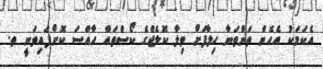
އެކަމަކު އެހެން ތަންތަނާ ހިލާފަށް ވިލާ ކޮލެޖްގެ ކޯސްތައް ހާއްސަ ކޮށްފައިވަނީ ތ.